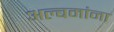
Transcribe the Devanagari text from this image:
अल्बमांना